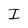
Character: I